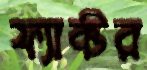
ফ্যাক্টর